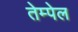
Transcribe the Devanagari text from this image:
तेम्पेल